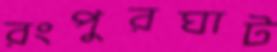
রংপুরঘাট